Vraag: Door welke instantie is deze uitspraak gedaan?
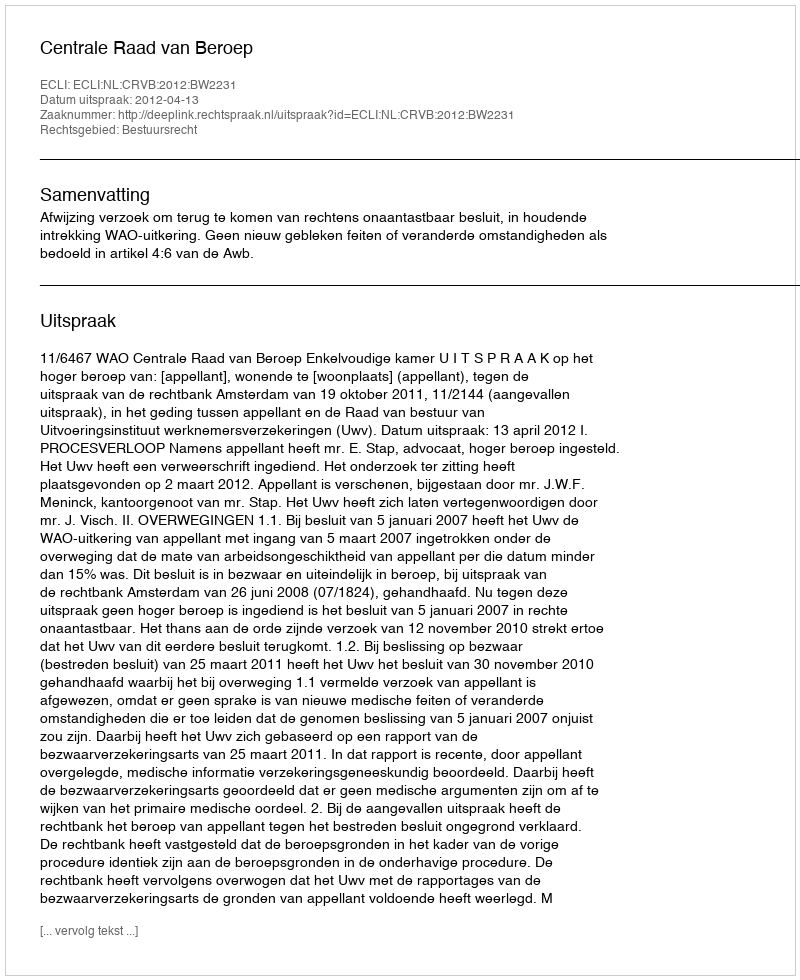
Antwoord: Centrale Raad van Beroep